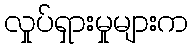
လှုပ်ရှားမှုများက